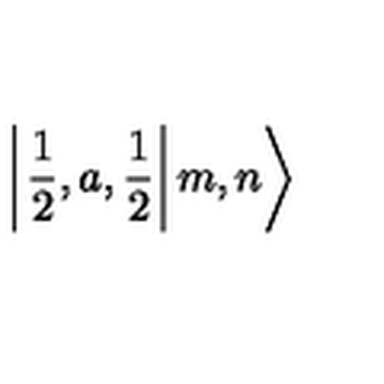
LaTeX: \left| \left. \frac { 1 } { 2 } , a , \frac { 1 } { 2 } \right| m , n \right\rangle